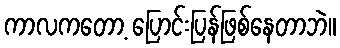
ကာလကတော့ ပြောင်းပြန်ဖြစ်နေတာဘဲ။